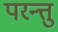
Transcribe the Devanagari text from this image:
परन्त्तु